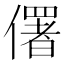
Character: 𠏲